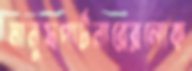
মানুষপার্টনারেরলোক